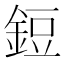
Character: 鋀